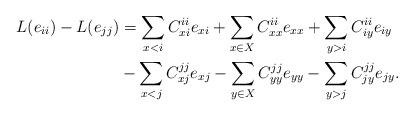
LaTeX: \begin{align*}L(e_{ii})-L(e_{jj})&=\sum_{x<i}C_{xi}^{ii}e_{xi}+\sum_{x\in X}C_{xx}^{ii}e_{xx}+\sum_{y>i}C_{iy}^{ii}e_{iy}\\&-\sum_{x<j}C_{xj}^{jj}e_{xj}-\sum_{y\in X}C_{yy}^{jj}e_{yy}-\sum_{y>j}C_{jy}^{jj}e_{jy}.\end{align*}